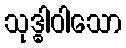
သုဒ္ဓါဝါသော